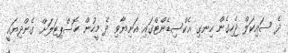
ދެ ސައިކަލް ޖެހިގެން ހިނގި އެކްސިޑެންޓްގައި އަނިޔާވި ދެ މީހުން ހޮސްޕިޓަލަށް ގެންދިޔައީ